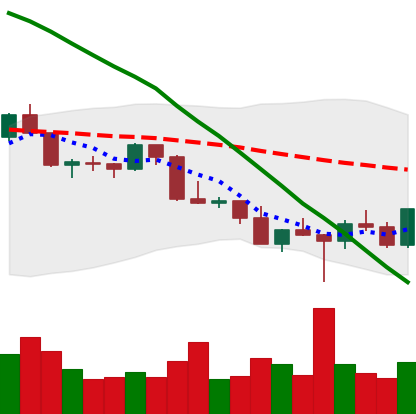
Ticker: LTC-USD
Chart end date: 2022-02-28
Forward return: -7.488%
Label: down_7plus